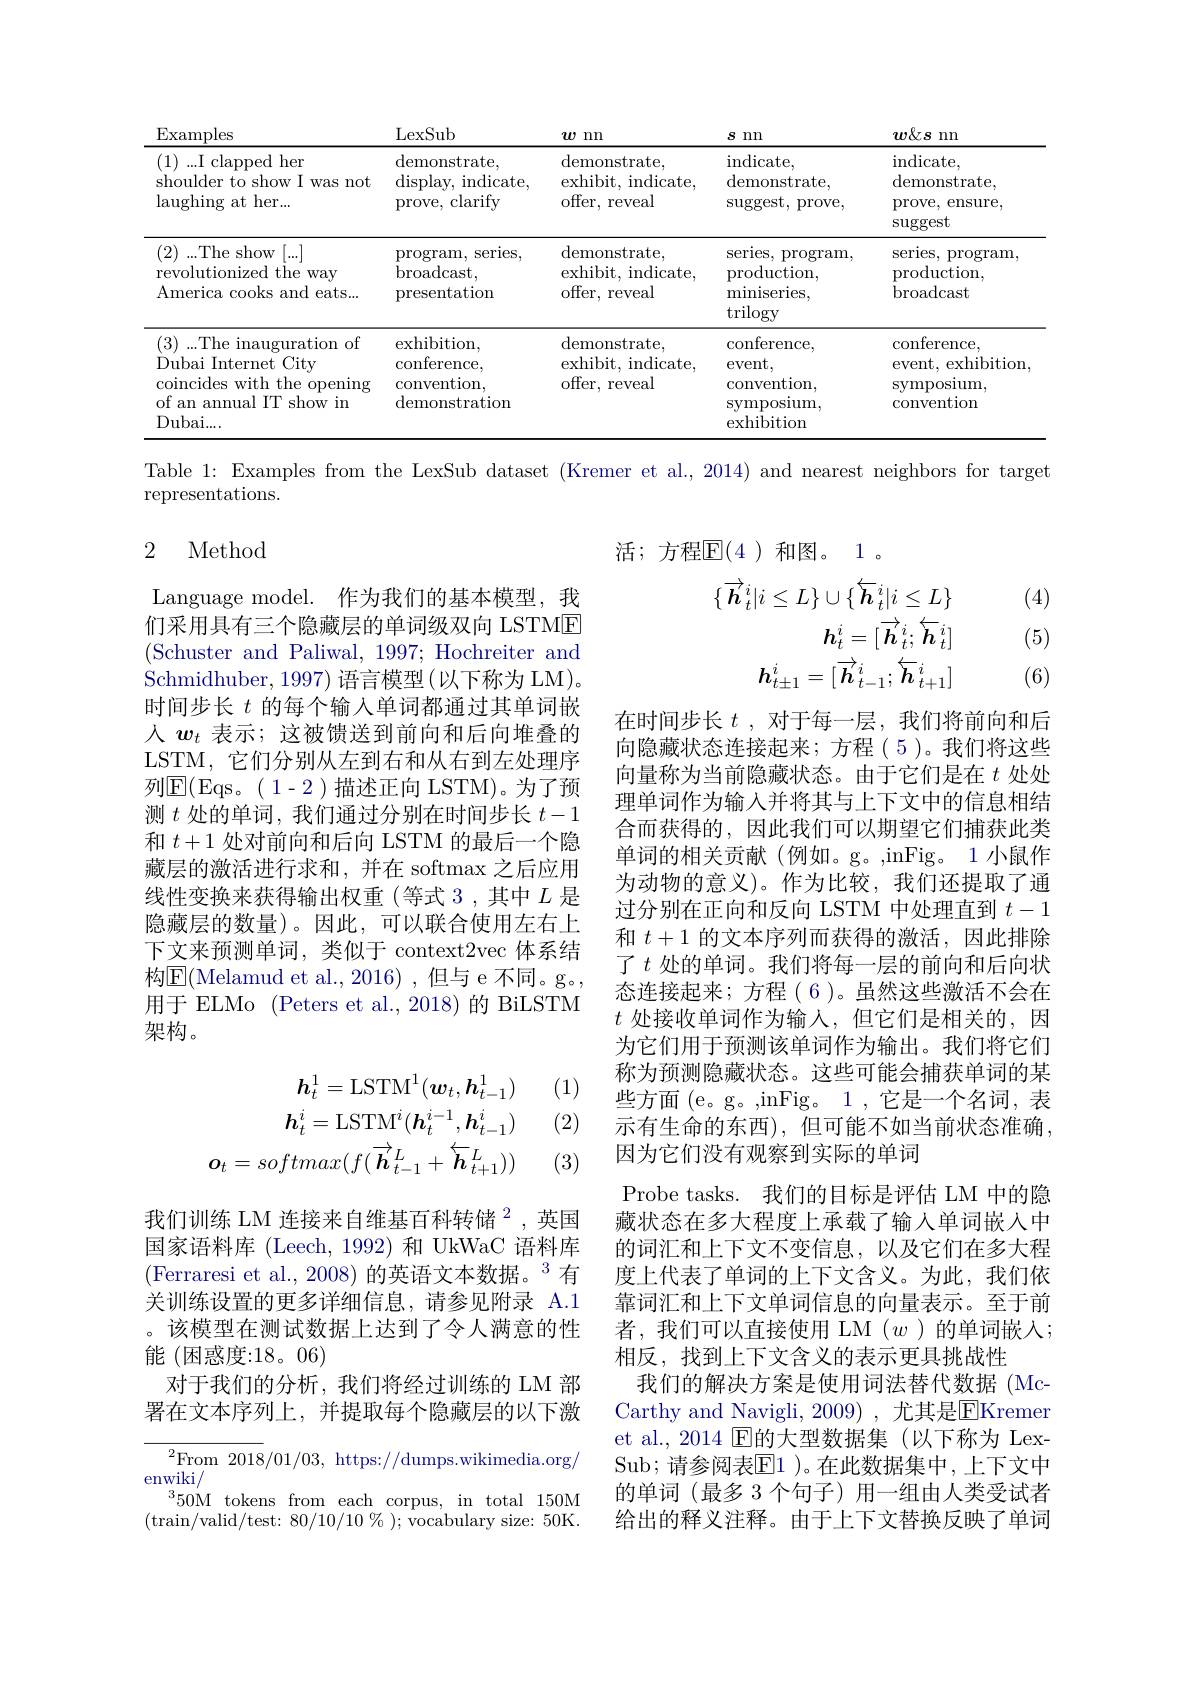
<table>
	<tbody>
		<tr>
			<th>$\operatorname{Examples}$</th>
			<th>LexSub</th>
			<th>$w$ nn</th>
			<th>$s$ nn</th>
			<th>$w\&\boldsymbol{s}$ nn</th>
		</tr>
		<tr>
			<td>(1)...I clapped her shoulder to show I was not $\operatorname{laughing}$ at her...</td>
			<td>${\mathrm{demonstrate}}$, display, indicate, prove, clarify</td>
			<td>${\mathrm{demonstrate}}$, exhibit, indicate, offer, reveal</td>
			<td>$\operatorname{indicate}.$ ${\mathrm{demonstrate,}}$ $\operatorname{suggest,~prove,}$</td>
			<td>$\operatorname{indicate}$, demonstrate, prove, ensure, suggest</td>
		</tr>
		<tr>
			<td>(2) )...The show $T\left[...\right]$ revolutionized the way America cooks and eats...</td>
			<td>$\operatorname{program,}$series, $\operatorname{broadcast}$ presentation</td>
			<td>${\mathrm{demonstrate}}$, exhibit, indicate, offer, reveal</td>
			<td>series, program production, $\operatorname*{miniseries}$, trilogy</td>
			<td>series, program production, broadcast</td>
		</tr>
		<tr>
			<td>(3)...The inauguration of Dubai Internet City $\because \textbf{( }$ coincides with the opening of an annual IT show in $Dubai.$ </td>
			<td>$\operatorname{exhibition}$, conference, convention, demonstration</td>
			<td>${\mathrm{demonstrate}}$, exhibit, indicate, offer, reveal</td>
			<td>conference, event, convention, symposlum exhibition</td>
			<td>conference, event, exhibition symposıum convention</td>
		</tr>
	</tbody>
</table>

Table 1: Examples from the LexSub dataset (Kremer et al., 2014) and nearest neighbors for target

representations.

### 2 Method

活；方程$\overline{\mathbb{E}}(4)$和图。1。

(4)
$$\{\overrightarrow{\boldsymbol{h}}_{t}^{i}|i\leq L\}\cup\{\overleftarrow{\boldsymbol{h}}_{t}^{i}|i\leq L\}\\h_{t}^{i}=[\overrightarrow{\boldsymbol{h}}_{t}^{i};\overleftarrow{\boldsymbol{h}}_{t}^{i}]\\h_{t\pm1}^{i}=[\overrightarrow{\boldsymbol{h}}_{t-1}^{i};\overleftarrow{\boldsymbol{h}}_{t+1}^{i}]$$
(5)

(6)

Language model. 作为我们的基本模型，我们采用具有三个隐藏层的单词级双向 LSTME (Schuster and Paliwal, 1997; Hochreiter and Schmidhuber, 1997) 语言模型(以下称为 LM)。时间步长$t$的每个输入单词都通过其单词嵌人$w_t$表示；这被馈送到前向和后向堆叠的LSTM, 它们分别从左到右和从右到左处理序列$\operatorname{E}($Eqs。(1-2)描述正向 LSTM)。为了预测$t$处的单词，我们通过分别在时间步长$t-1$ 和$t+1$处对前向和后向 LSTM 的最后一个隐藏层的激活进行求和，并在 softmax 之后应用线性变换来获得输出权重(等式 3,其中$L$是隐藏层的数量)。因此，可以联合使用左右上下文来预测单词，类似于 context2vec 体系结构$\boxed{\mathrm{E}}($Melamud et al.,2016),但与 e 不同。g。, 用于 ELMo (Peters et al., 2018) 的 BiLSTM 架构。

(1)

(2)

在时间步长$t$ ,对于每一层，我们将前向和后向隐藏状态连接起来；方程(5)。我们将这些向量称为当前隐藏状态。由于它们是在$t$处处理单词作为输入并将其与上下文中的信息相结合而获得的，因此我们可以期望它们捕获此类单词的相关贡献(例如。g。,inFig。1 小鼠作为动物的意义)。作为比较，我们还提取了通过分别在正向和反向 LSTM 中处理直到$t-1$ 和$t+1$的文本序列而获得的激活，因此排除了$t$处的单词。我们将每一层的前向和后向状态连接起来；方程(6)。虽然这些激活不会在$t$处接收单词作为输入，但它们是相关的，因为它们用于预测该单词作为输出。我们将它们称为预测隐藏状态。这些可能会捕获单词的某些方面(e。g。,inFig。1,它是一个名词，表示有生命的东西),但可能不如当前状态准确， 因为它们没有观察到实际的单词
Probe tasks. 我们的目标是评估 LM 中的隐藏状态在多大程度上承载了输入单词嵌入中的词汇和上下文不变信息，以及它们在多大程度上代表了单词的上下文含义。为此，我们依靠词汇和上下文单词信息的向量表示。至于前者，我们可以直接使用 LM $(w$)的单词嵌入； 相反，找到上下文含义的表示更具挑战性
我们的解决方案是使用词法替代数据(McCarthy and Navigli,2009) ,尤其是$\overline{\mathrm{E}}$Kremer et al., 2014 E的大型数据集(以下称为 LexSub; 请参阅表$\overline{\mathrm{E}}1$ )。在此数据集中，上下文中的单词(最多 3 个句子) 用一组由人类受试者给出的释义注释。由于上下文替换反映了单词
$$h_{t}^{1}=\mathrm{LSTM}^{1}(\boldsymbol{w}_{t},\boldsymbol{h}_{t-1}^{1})\\h_{t}^{i}=\mathrm{LSTM}^{i}(\boldsymbol{h}_{t}^{i-1},\boldsymbol{h}_{t-1}^{i})\\o_{t}=softmax(f(\overrightarrow{\boldsymbol{h}}_{t-1}^{L}+\overleftarrow{\boldsymbol{h}}_{t+1}^{L}))$$
(3)

我们训练 LM 连接来自维基百科转储$^{2}$,英国国家语料库 (Leech, 1992) 和 UkWaC 语料库(Ferraresi et al.,2008)的英语文本数据。$^3$有关训练设置的更多详细信息，请参见附录 A.1 。该模型在测试数据上达到了令人满意的性能 (困惑度：18。06)
对于我们的分析，我们将经过训练的 LM 部署在文本序列上，并提取每个隐藏层的以下激

$^2$From2018/01/03,https://dumps.wikimedia.org/
enwiki/
50M tokens from each corpus, in total 150M (train/valid/test: $80/10/10\%);$ vocabulary size: 50K